Vaccination in Burma 1912-1922 - 1912-1922
Year: 1912
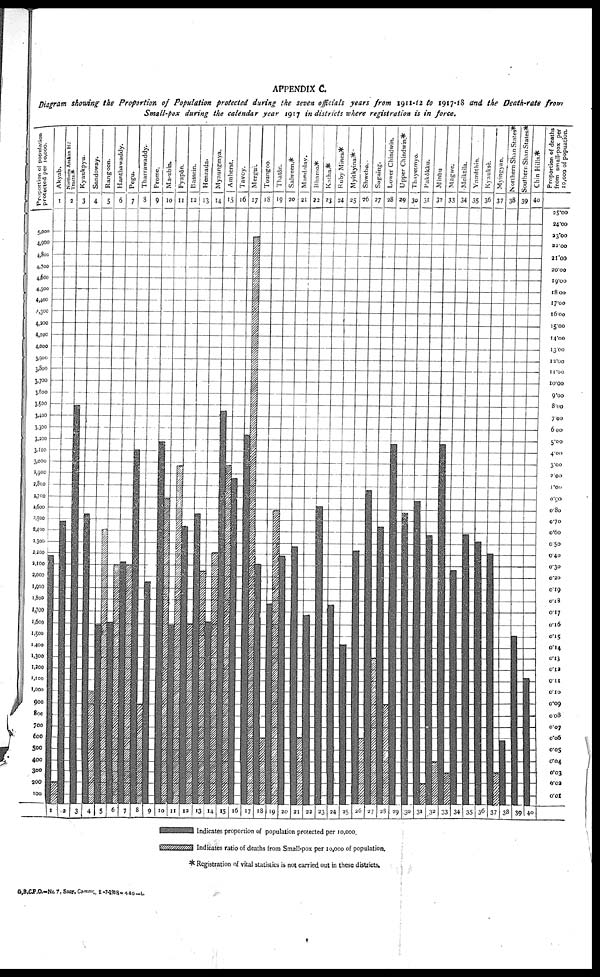
APPENDIX C.
Diagram showing the Proportion of Population protected during the seven officials years from 1911-12 to 1917-18 and the Death-rate from
Small-pox during the calendar year 1917 in districts where registration is in force.
* Registration of vital statistics is not carried out in these districts.
G,B,C.P.O.-No.7, Sany Commr 2-7-1918- 430-0